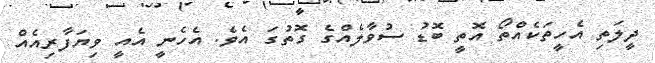
ދީލަތި އެހީތަކެއްތޯ އޮތީ ބޮޑު ސުވާލެއްގެ ގޮތުގަ އެވެ. އެހެނީ އެއީ ވިޔަފާރިއެއް